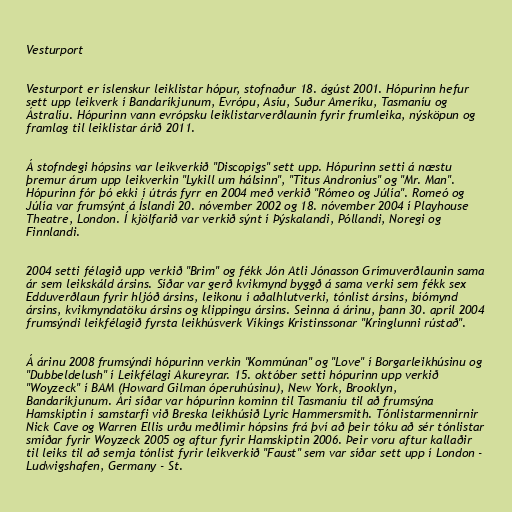
Vesturport

Vesturport er íslenskur leiklistar hópur, stofnaður 18. ágúst 2001. Hópurinn hefur
sett upp leikverk í Bandaríkjunum, Evrópu, Asíu, Suður Ameríku, Tasmaníu og
Ástralíu. Hópurinn vann evrópsku leiklistarverðlaunin fyrir frumleika, nýsköpun og
framlag til leiklistar árið 2011.

Á stofndegi hópsins var leikverkið "Discopigs" sett upp. Hópurinn setti á næstu
þremur árum upp leikverkin "Lykill um hálsinn", "Titus Andronius" og "Mr. Man".
Hópurinn fór þó ekki í útrás fyrr en 2004 með verkið "Rómeo og Júlía". Romeó og
Júlía var frumsýnt á Íslandi 20. nóvember 2002 og 18. nóvember 2004 í Playhouse
Theatre, London. Í kjölfarið var verkið sýnt í Þýskalandi, Póllandi, Noregi og
Finnlandi.

2004 setti félagið upp verkið "Brim" og fékk Jón Atli Jónasson Grímuverðlaunin sama
ár sem leikskáld ársins. Síðar var gerð kvikmynd byggð á sama verki sem fékk sex
Edduverðlaun fyrir hljóð ársins, leikonu í aðalhlutverki, tónlist ársins, bíómynd
ársins, kvikmyndatöku ársins og klippingu ársins. Seinna á árinu, þann 30. apríl 2004
frumsýndi leikfélagið fyrsta leikhúsverk Víkings Kristinssonar "Kringlunni rústað".

Á árinu 2008 frumsýndi hópurinn verkin "Kommúnan" og "Love" í Borgarleikhúsinu og
"Dubbeldelush" í Leikfélagi Akureyrar. 15. október setti hópurinn upp verkið
"Woyzeck" í BAM (Howard Gilman óperuhúsinu), New York, Brooklyn,
Bandaríkjunum. Ári síðar var hópurinn kominn til Tasmaníu til að frumsýna
Hamskiptin í samstarfi við Breska leikhúsið Lyric Hammersmith. Tónlistarmennirnir
Nick Cave og Warren Ellis urðu meðlimir hópsins frá því að þeir tóku að sér tónlistar
smíðar fyrir Woyzeck 2005 og aftur fyrir Hamskiptin 2006. Þeir voru aftur kallaðir
til leiks til að semja tónlist fyrir leikverkið "Faust" sem var síðar sett upp í London -
Ludwigshafen, Germany - St.